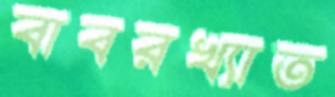
বাবরখ্যাত